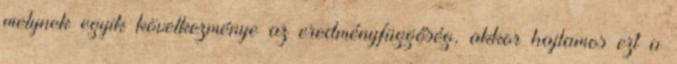
melynek egyik következménye az eredményfüggőség, akkor hajlamos ezt a